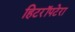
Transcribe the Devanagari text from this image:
हिटरॉपटेरा